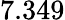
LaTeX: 7.349